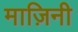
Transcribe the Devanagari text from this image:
माज़िनी